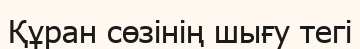
Құран сөзінің шығу тегі